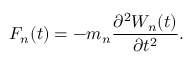
F _ { n } ( t ) = - m _ { n } \frac { \partial ^ { 2 } W _ { n } ( t ) } { \partial t ^ { 2 } } .